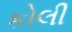
કોલી